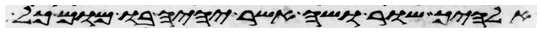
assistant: אלהיך שור ושה אשר יהיה בו מום כל